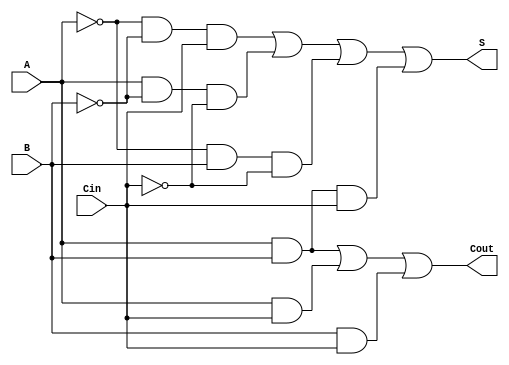
`timescale 1ns / 1ps
//////////////////////////////////////////////////////////////////////////////////
// Company: 
// Engineer: 
// 
// Design Name: 
// Module Name: full_adder
// Project Name: 
// Target Devices: 
// Tool Versions: 
// Description: 
// 
// Dependencies: 
// 
// Revision:
// Revision 0.01 - File Created
// Additional Comments:
// 
//////////////////////////////////////////////////////////////////////////////////


module full_adder(
    input               A,
    input               B,
    input               Cin,
    
    output              S,
    output              Cout
    );
    
    assign S = ~A & ~B &  Cin |
                A & ~B & ~Cin |
               ~A &  B & ~Cin |
                A &  B &  Cin;
                
    assign Cout = A & B | A & Cin | B & Cin;
    
endmodule